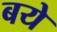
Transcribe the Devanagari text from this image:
बये